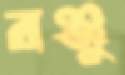
রঞ্জু